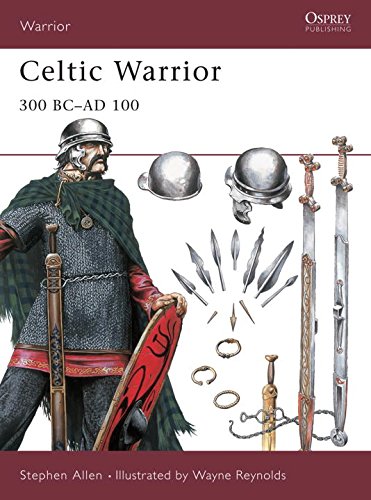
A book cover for Celtic Warrior: 300 BC-AD 100; Stephen Allen; History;